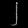
Digit: ၂